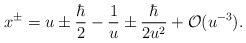
\begin{align*}&x^\pm = u \pm \frac{\hbar}{2} -\frac{1}{u} \pm \frac{\hbar}{2u^2}+\mathcal{O}(u^{-3}).\end{align*}